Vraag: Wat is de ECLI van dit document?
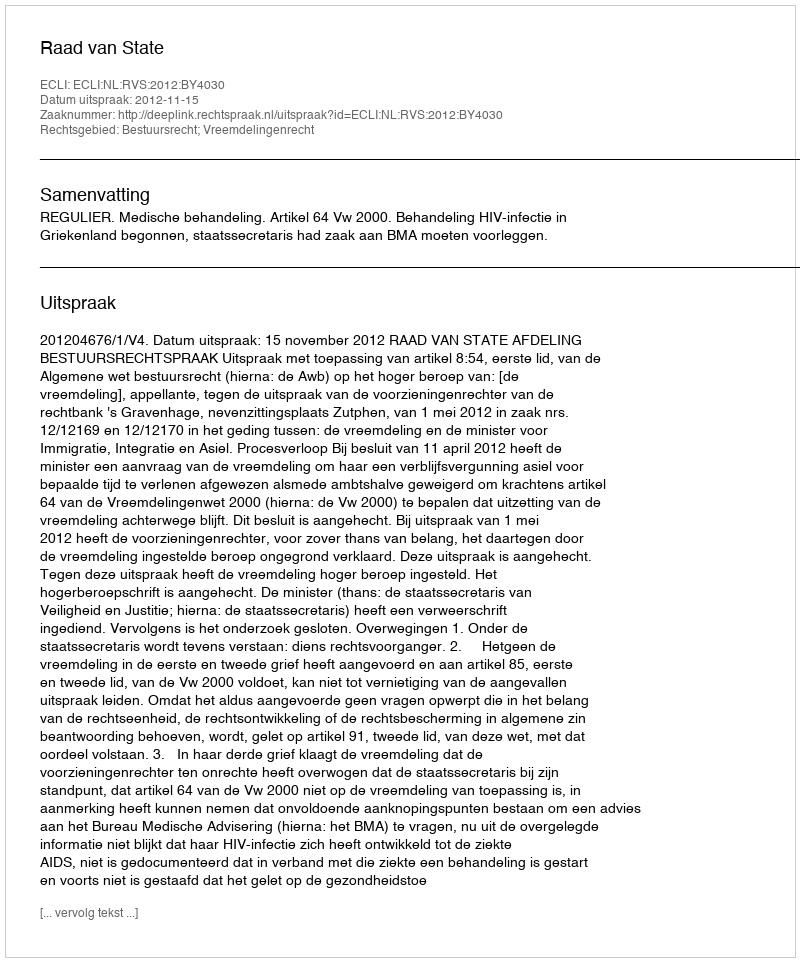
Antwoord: ECLI:NL:RVS:2012:BY4030